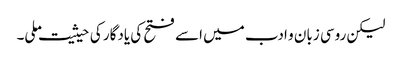
لیکن روسی زبان و ادب میں اسے فتح کی یادگار کی حیثیت ملی۔